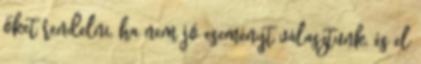
őket rendelni, ha nem jó eseményt választunk, és el